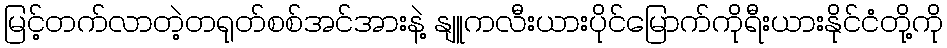
မြင့်တက်လာတဲ့တရုတ်စစ်အင်အားနဲ့ နျူကလီးယားပိုင်မြောက်ကိုရီးယားနိုင်ငံတို့ကို